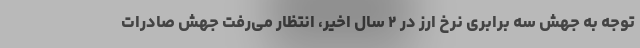
توجه به جهش سه برابری نرخ ارز در ۲ سال اخیر، انتظار می‌رفت جهش صادرات